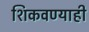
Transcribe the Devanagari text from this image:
शिकवण्याही